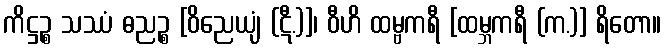
ကိဋ္ဌဉ္စ သဿံ ဓညဉ္စ [ဝိညေယျံ (ဋီ.)]၊ ဝီဟိ ထမ္ဗကရီ [ထမ္ဘကရီ (က.)] ရိတော။